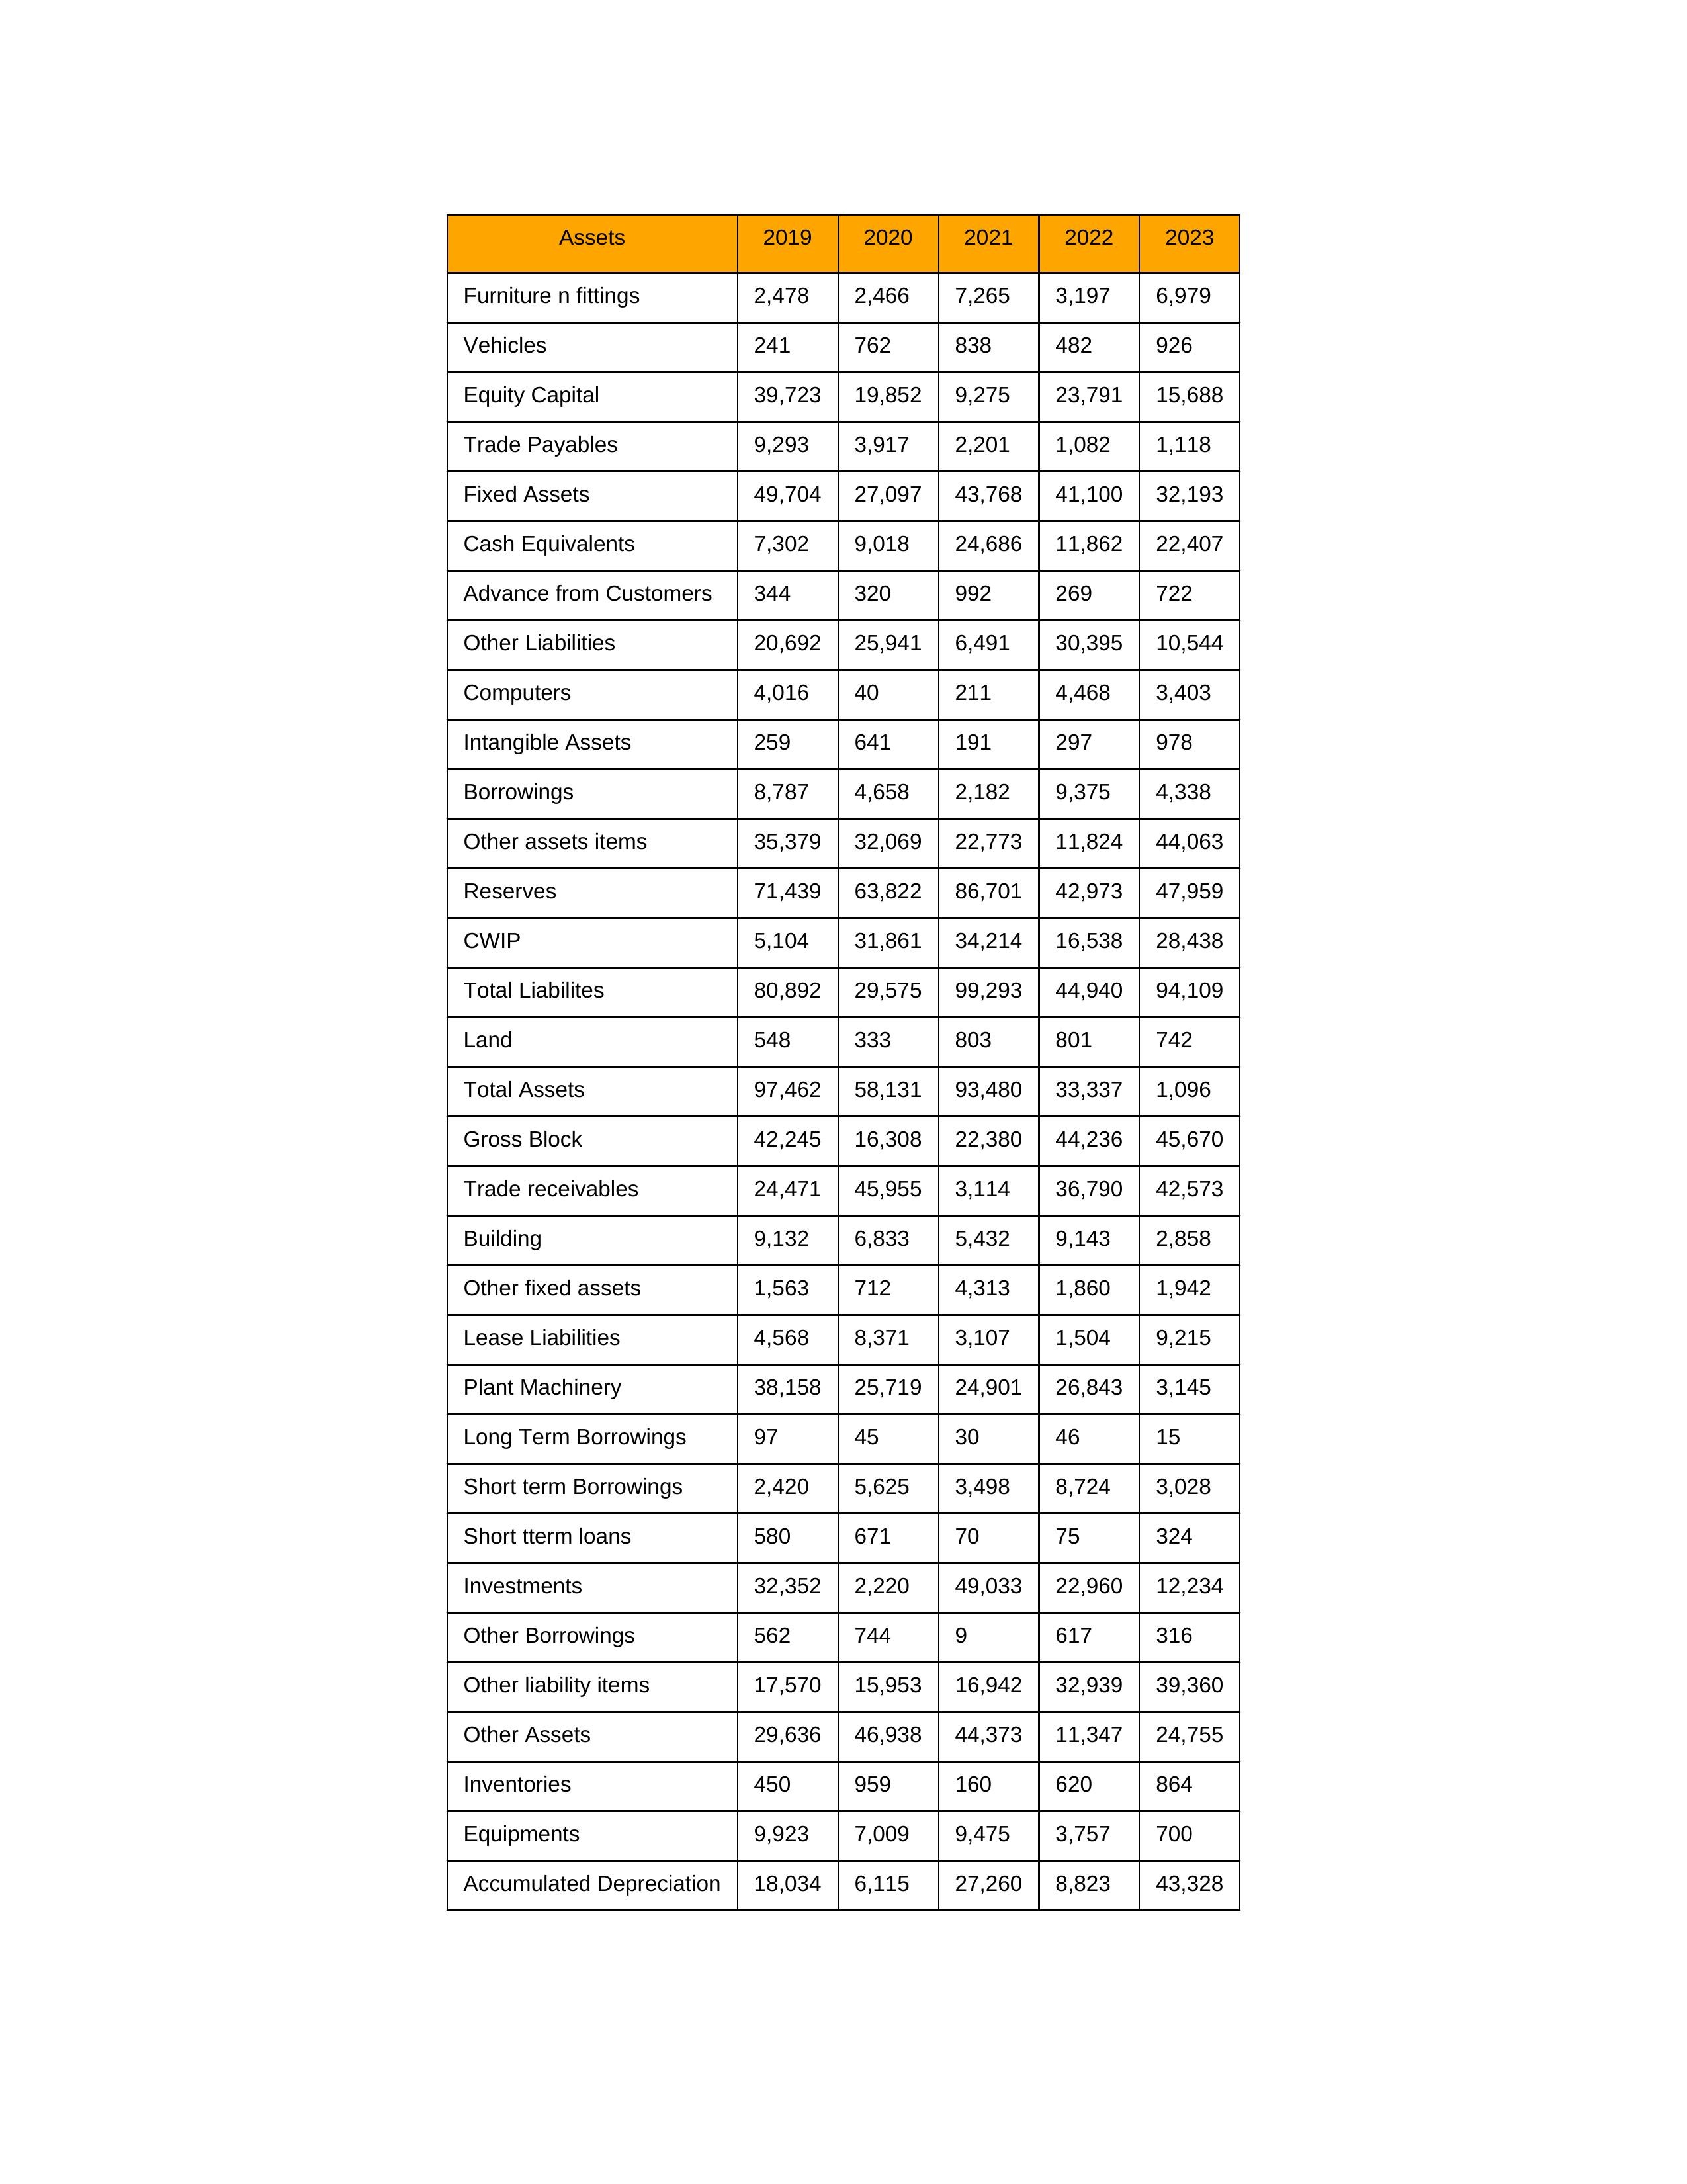
gt_parse: 2019: Equity Capital: 39,723
Reserves: 71,439
Borrowings: 8,787
Long Term Borrowings: 97
Short term Borrowings: 2,420
Lease Liabilities: 4,568
Other Borrowings: 562
Other Liabilities: 20,692
Trade Payables: 9,293
Advance from Customers: 344
Other liability items: 17,570
Total Liabilites: 80,892
Fixed Assets: 49,704
Land: 548
Building: 9,132
Plant Machinery: 38,158
Equipments: 9,923
Computers: 4,016
Furniture n fittings: 2,478
Vehicles: 241
Intangible Assets: 259
Other fixed assets: 1,563
Gross Block: 42,245
Accumulated Depreciation: 18,034
CWIP: 5,104
Investments: 32,352
Other Assets: 29,636
Inventories: 450
Trade receivables: 24,471
Cash Equivalents: 7,302
Short tterm loans: 580
Other assets items: 35,379
Total Assets: 97,462
2020: Equity Capital: 19,852
Reserves: 63,822
Borrowings: 4,658
Long Term Borrowings: 45
Short term Borrowings: 5,625
Lease Liabilities: 8,371
Other Borrowings: 744
Other Liabilities: 25,941
Trade Payables: 3,917
Advance from Customers: 320
Other liability items: 15,953
Total Liabilites: 29,575
Fixed Assets: 27,097
Land: 333
Building: 6,833
Plant Machinery: 25,719
Equipments: 7,009
Computers: 40
Furniture n fittings: 2,466
Vehicles: 762
Intangible Assets: 641
Other fixed assets: 712
Gross Block: 16,308
Accumulated Depreciation: 6,115
CWIP: 31,861
Investments: 2,220
Other Assets: 46,938
Inventories: 959
Trade receivables: 45,955
Cash Equivalents: 9,018
Short tterm loans: 671
Other assets items: 32,069
Total Assets: 58,131
2021: Equity Capital: 9,275
Reserves: 86,701
Borrowings: 2,182
Long Term Borrowings: 30
Short term Borrowings: 3,498
Lease Liabilities: 3,107
Other Borrowings: 9
Other Liabilities: 6,491
Trade Payables: 2,201
Advance from Customers: 992
Other liability items: 16,942
Total Liabilites: 99,293
Fixed Assets: 43,768
Land: 803
Building: 5,432
Plant Machinery: 24,901
Equipments: 9,475
Computers: 211
Furniture n fittings: 7,265
Vehicles: 838
Intangible Assets: 191
Other fixed assets: 4,313
Gross Block: 22,380
Accumulated Depreciation: 27,260
CWIP: 34,214
Investments: 49,033
Other Assets: 44,373
Inventories: 160
Trade receivables: 3,114
Cash Equivalents: 24,686
Short tterm loans: 70
Other assets items: 22,773
Total Assets: 93,480
2022: Equity Capital: 23,791
Reserves: 42,973
Borrowings: 9,375
Long Term Borrowings: 46
Short term Borrowings: 8,724
Lease Liabilities: 1,504
Other Borrowings: 617
Other Liabilities: 30,395
Trade Payables: 1,082
Advance from Customers: 269
Other liability items: 32,939
Total Liabilites: 44,940
Fixed Assets: 41,100
Land: 801
Building: 9,143
Plant Machinery: 26,843
Equipments: 3,757
Computers: 4,468
Furniture n fittings: 3,197
Vehicles: 482
Intangible Assets: 297
Other fixed assets: 1,860
Gross Block: 44,236
Accumulated Depreciation: 8,823
CWIP: 16,538
Investments: 22,960
Other Assets: 11,347
Inventories: 620
Trade receivables: 36,790
Cash Equivalents: 11,862
Short tterm loans: 75
Other assets items: 11,824
Total Assets: 33,337
2023: Equity Capital: 15,688
Reserves: 47,959
Borrowings: 4,338
Long Term Borrowings: 15
Short term Borrowings: 3,028
Lease Liabilities: 9,215
Other Borrowings: 316
Other Liabilities: 10,544
Trade Payables: 1,118
Advance from Customers: 722
Other liability items: 39,360
Total Liabilites: 94,109
Fixed Assets: 32,193
Land: 742
Building: 2,858
Plant Machinery: 3,145
Equipments: 700
Computers: 3,403
Furniture n fittings: 6,979
Vehicles: 926
Intangible Assets: 978
Other fixed assets: 1,942
Gross Block: 45,670
Accumulated Depreciation: 43,328
CWIP: 28,438
Investments: 12,234
Other Assets: 24,755
Inventories: 864
Trade receivables: 42,573
Cash Equivalents: 22,407
Short tterm loans: 324
Other assets items: 44,063
Total Assets: 1,096